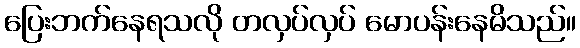
ပြေးဘက်နေရသလို တလှပ်လှပ် မောပန်းနေမိသည်။